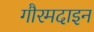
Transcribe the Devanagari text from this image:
गौरमदाइन